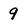
Character: 9